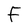
Character: F